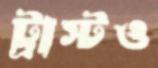
ট্রাস্টও